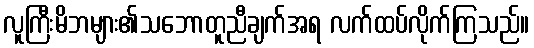
လူကြီးမိဘများ၏သဘောတူညီချက်အရ လက်ထပ်လိုက်ကြသည်။